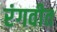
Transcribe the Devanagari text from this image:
रंगवीत